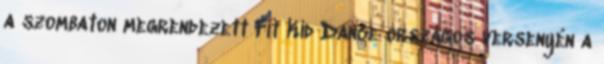
a szombaton megrendezett Fit Kid Dance országos versenyén a